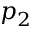
p _ { 2 }